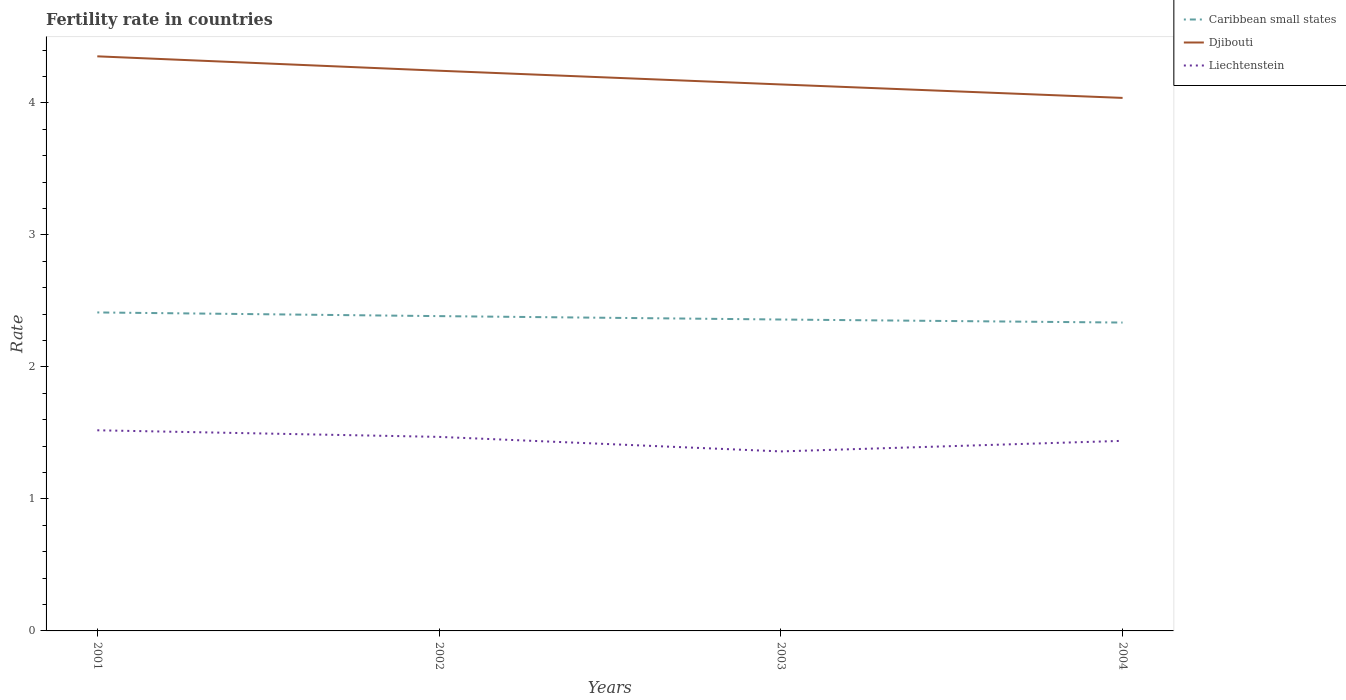
| Years | Caribbean small states | Djibouti | Liechtenstein |
 | --- | --- | --- | --- |
 | 2001 | 2.41 | 4.35 | 1.52 |
 | 2002 | 2.38 | 4.24 | 1.47 |
 | 2003 | 2.36 | 4.14 | 1.36 |
 | 2004 | 2.34 | 4.04 | 1.44 |